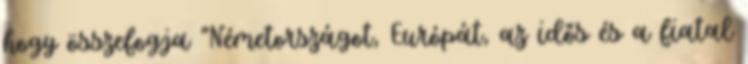
hogy összefogja "Németországot, Európát, az idős és a fiatal